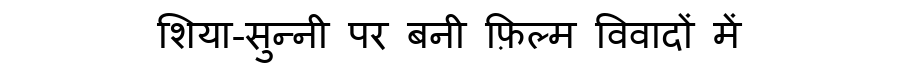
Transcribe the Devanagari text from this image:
शिया-सुन्नी पर बनी फ़िल्म विवादों में